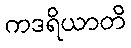
ကဒရိယာတိ